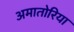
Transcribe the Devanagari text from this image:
अमातोरिया